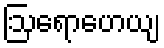
ဩရောဟေယျ